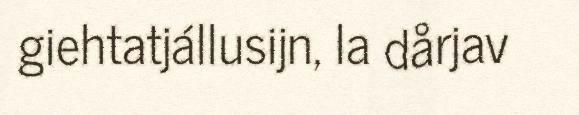
giehtatjállusijn, la dårjav